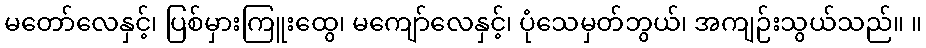
မတော်လေနှင့်၊ ပြစ်မှားကြူးထွေ၊ မကျော်လေနှင့်၊ ပုံသေမှတ်ဘွယ်၊ အကျဉ်းသွယ်သည်။ ။